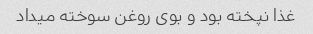
غذا نپخته بود و بوی روغن سوخته میداد